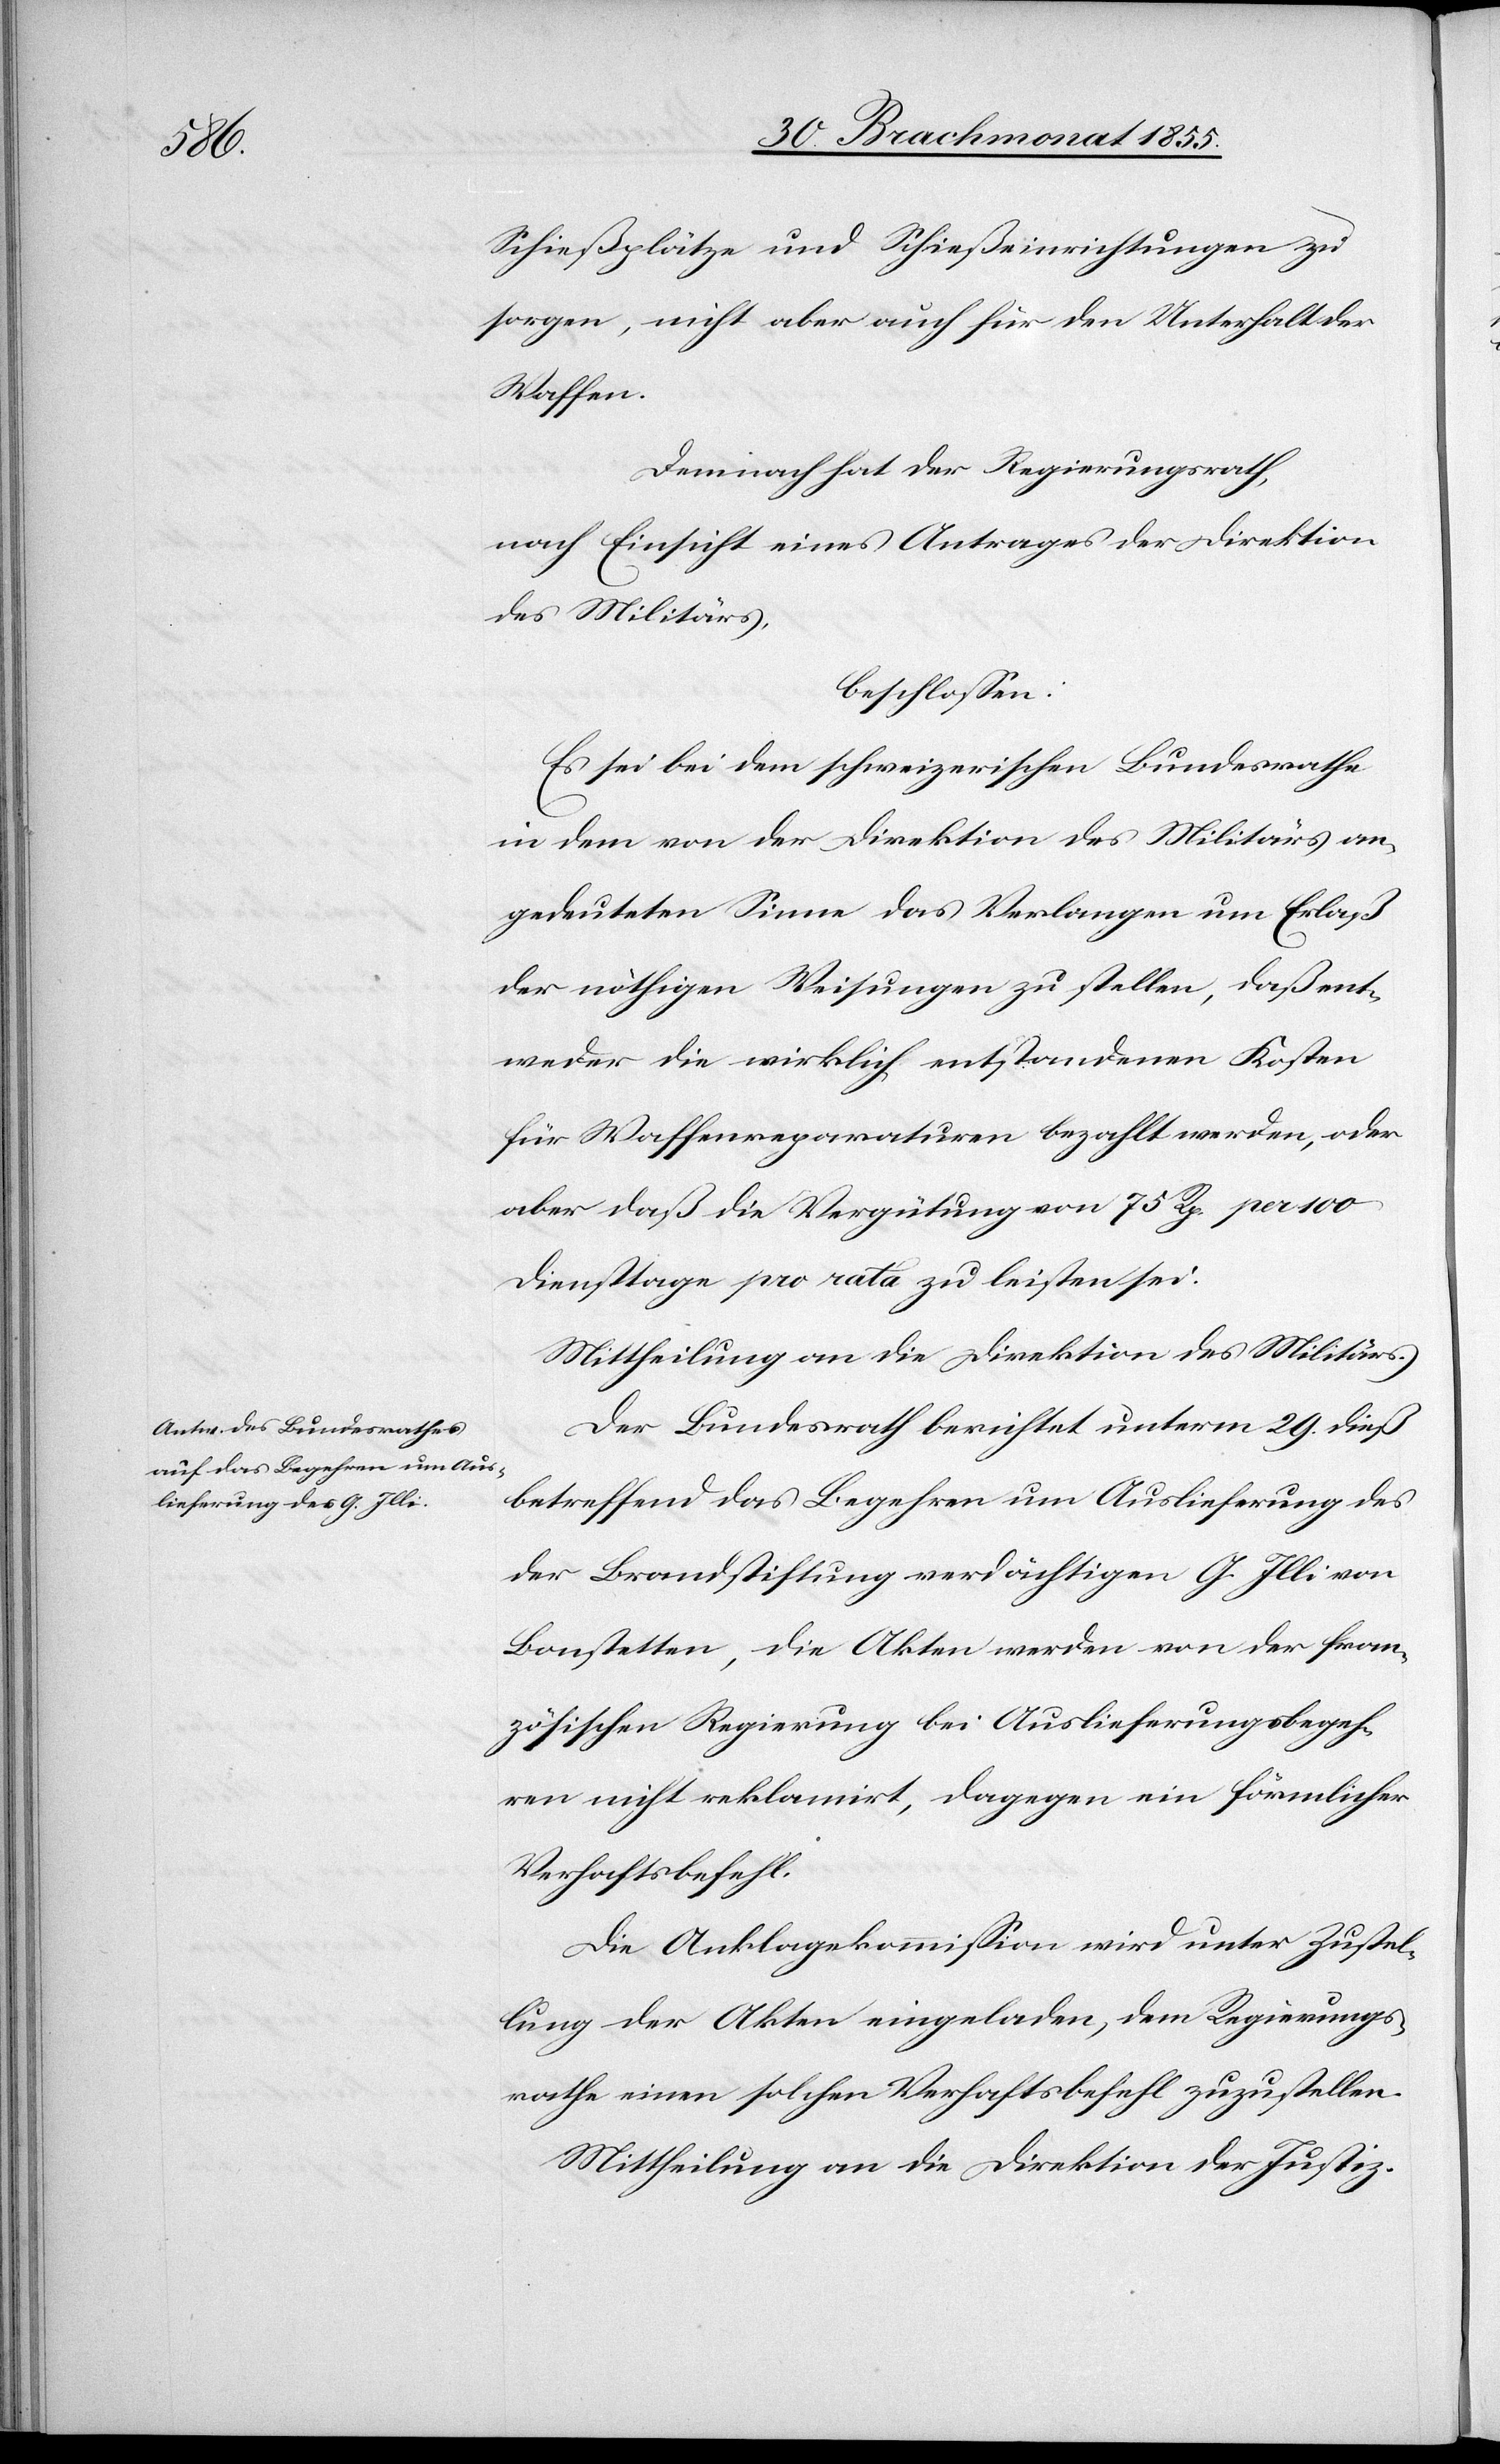
Schießplätze und Schießeinrichtungen zu
sorgen, nicht aber auch für den Unterhalt der
Waffen.
Demnach hat der Regierungsrath,
nach Einsicht eines Antrages der Direktion
des Militärs,
beschlossen:
Es sei bei dem schweizerischen Bundesrathe
in dem von der Direktion des Militärs an¬
gedeuteten Sinne das Verlangen um Erlaß
der nöthigen Weisungen zu stellen, daß ent¬
weder die wirklich entstandenen Kosten
für Waffenreparaturen bezahlt werden, oder
aber daß die Vergütung von 75 Rp. per 100
Diensttage pro rata zu leisten sei.
Mittheilung an die Direktion des Militärs.
Der Bundesrath berichtet unterm 29. dieß
betreffend das Begehren um Auslieferung des
der Brandstiftung verdächtigen G. Illi von
Bonstetten, die Akten werden von der fran¬
zösischen Regierung bei Auslieferungsbegeh¬
ren nicht reklamirt, dagegen ein förmlicher
Verhaftsbefehl.
Die Anklagekommission wird unter Zustel¬
lung der Akten eingeladen, dem Regierungs¬
rathe einen solchen Verhaftsbefehl zuzustellen.
Mittheilung an die Direktion der Justiz.